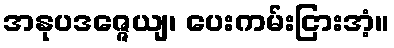
အနုပဒဇ္ဇေယျ၊ ပေးကမ်းငြားအံ့။